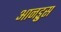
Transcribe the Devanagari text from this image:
आनड्रुस